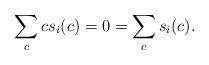
LaTeX: \begin{align*}\sum_{c} cs_{i}(c)=0= \sum_{c} s_{i}(c). \end{align*}